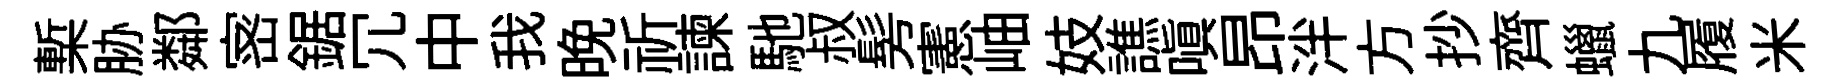
槧胁鄰宻鋸冗中我晩祈諫馳叔髣憲岫妓譙嗔昂泮方抄齊蠟九履米